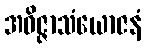
အဝိဇ္ဇာသံယောဇနံ